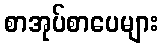
စာအုပ်စာပေများ